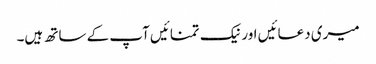
میری دعائیں اور نیک تمنائیں آپ کے ساتھ ہیں۔